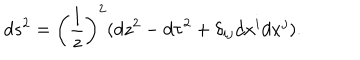
LaTeX: d s ^ { 2 } = \left( \frac { l } { z } \right) ^ { 2 } ( d z ^ { 2 } - d \tau ^ { 2 } + \delta _ { i j } d x ^ { i } d x ^ { j } ) .